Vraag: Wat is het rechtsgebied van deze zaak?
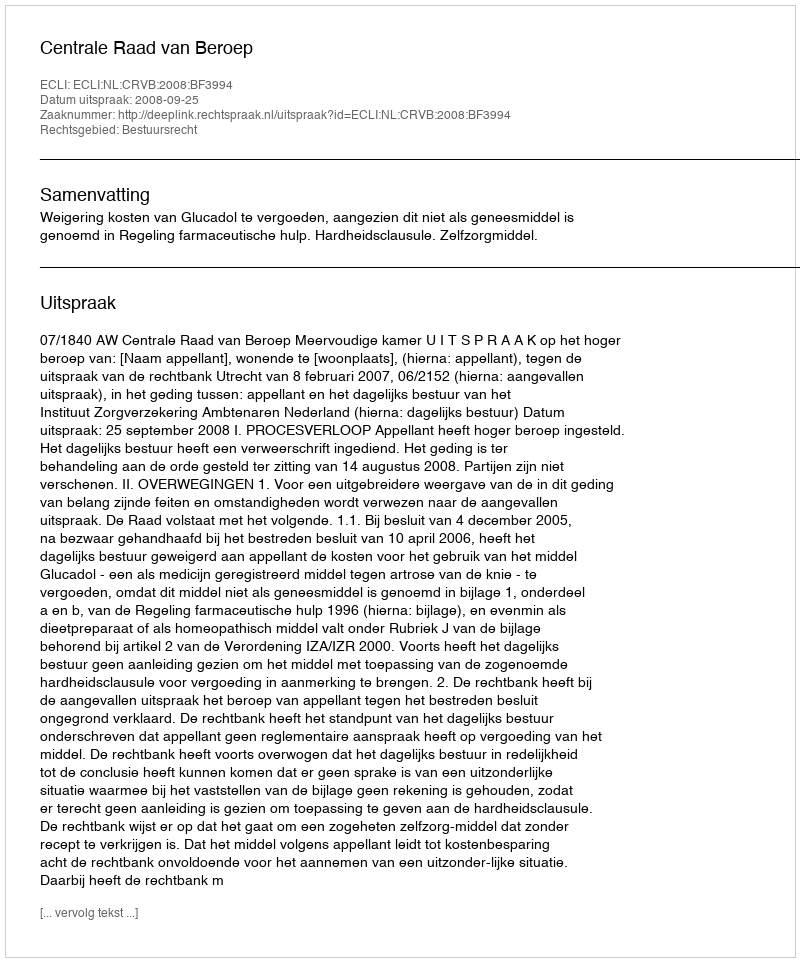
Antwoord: Bestuursrecht